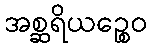
အစ္ဆရိယဉ္စေဝ